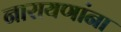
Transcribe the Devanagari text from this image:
नारायणांना